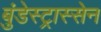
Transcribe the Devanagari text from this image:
बुंडेस्ट्रास्सेन